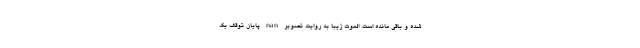
شده و باقی مانده است. الموت زیبا به روایت تصویر nan پایان توقف یک